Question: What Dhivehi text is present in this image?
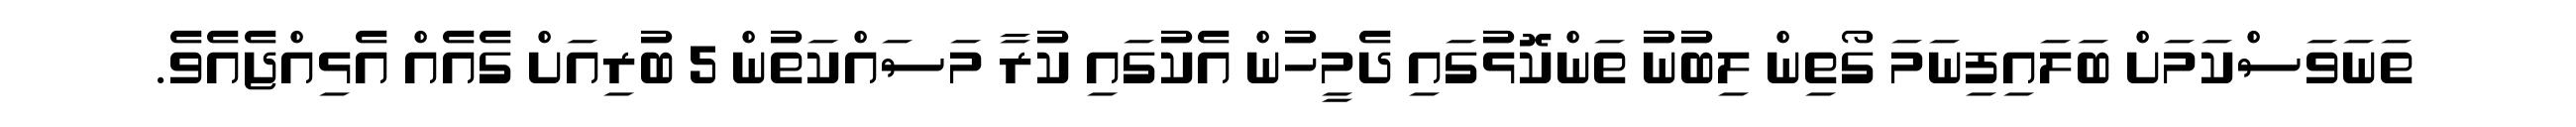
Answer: ތަނަވަސްކަމަށް ބަލައިފިނަމަ ގޯތިން ލިބުނު ތަންކޮޅުގައި ދެމީހުން އެކުގައި ކުރާ މަސައްކަތުން 5 ބުރިއަށް ގެއެއް އެޅިއްޖެއެވެ.